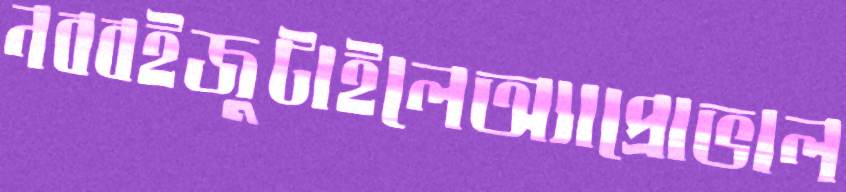
নব্বইজুটাইলেঅ্যাপ্রোভাল